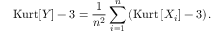
\operatorname { K u r t } [ Y ] - 3 = { \frac { 1 } { n ^ { 2 } } } \sum _ { i = 1 } ^ { n } \left( \operatorname { K u r t } \left[ X _ { i } \right] - 3 \right) .